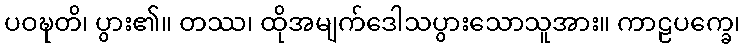
ပဝဍ္ဎတိ၊ ပွား၏။ တဿ၊ ထိုအမျက်ဒေါသပွားသောသူအား။ ကာဠပက္ခေ၊